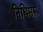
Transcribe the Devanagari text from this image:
निधिमरू